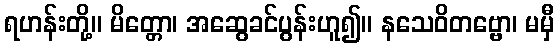
ရဟန်းတို့။ မိတ္တော၊ အဆွေခင်ပွန်းဟူ၍။ နသေဝိတဗ္ဗော၊ မမှီ